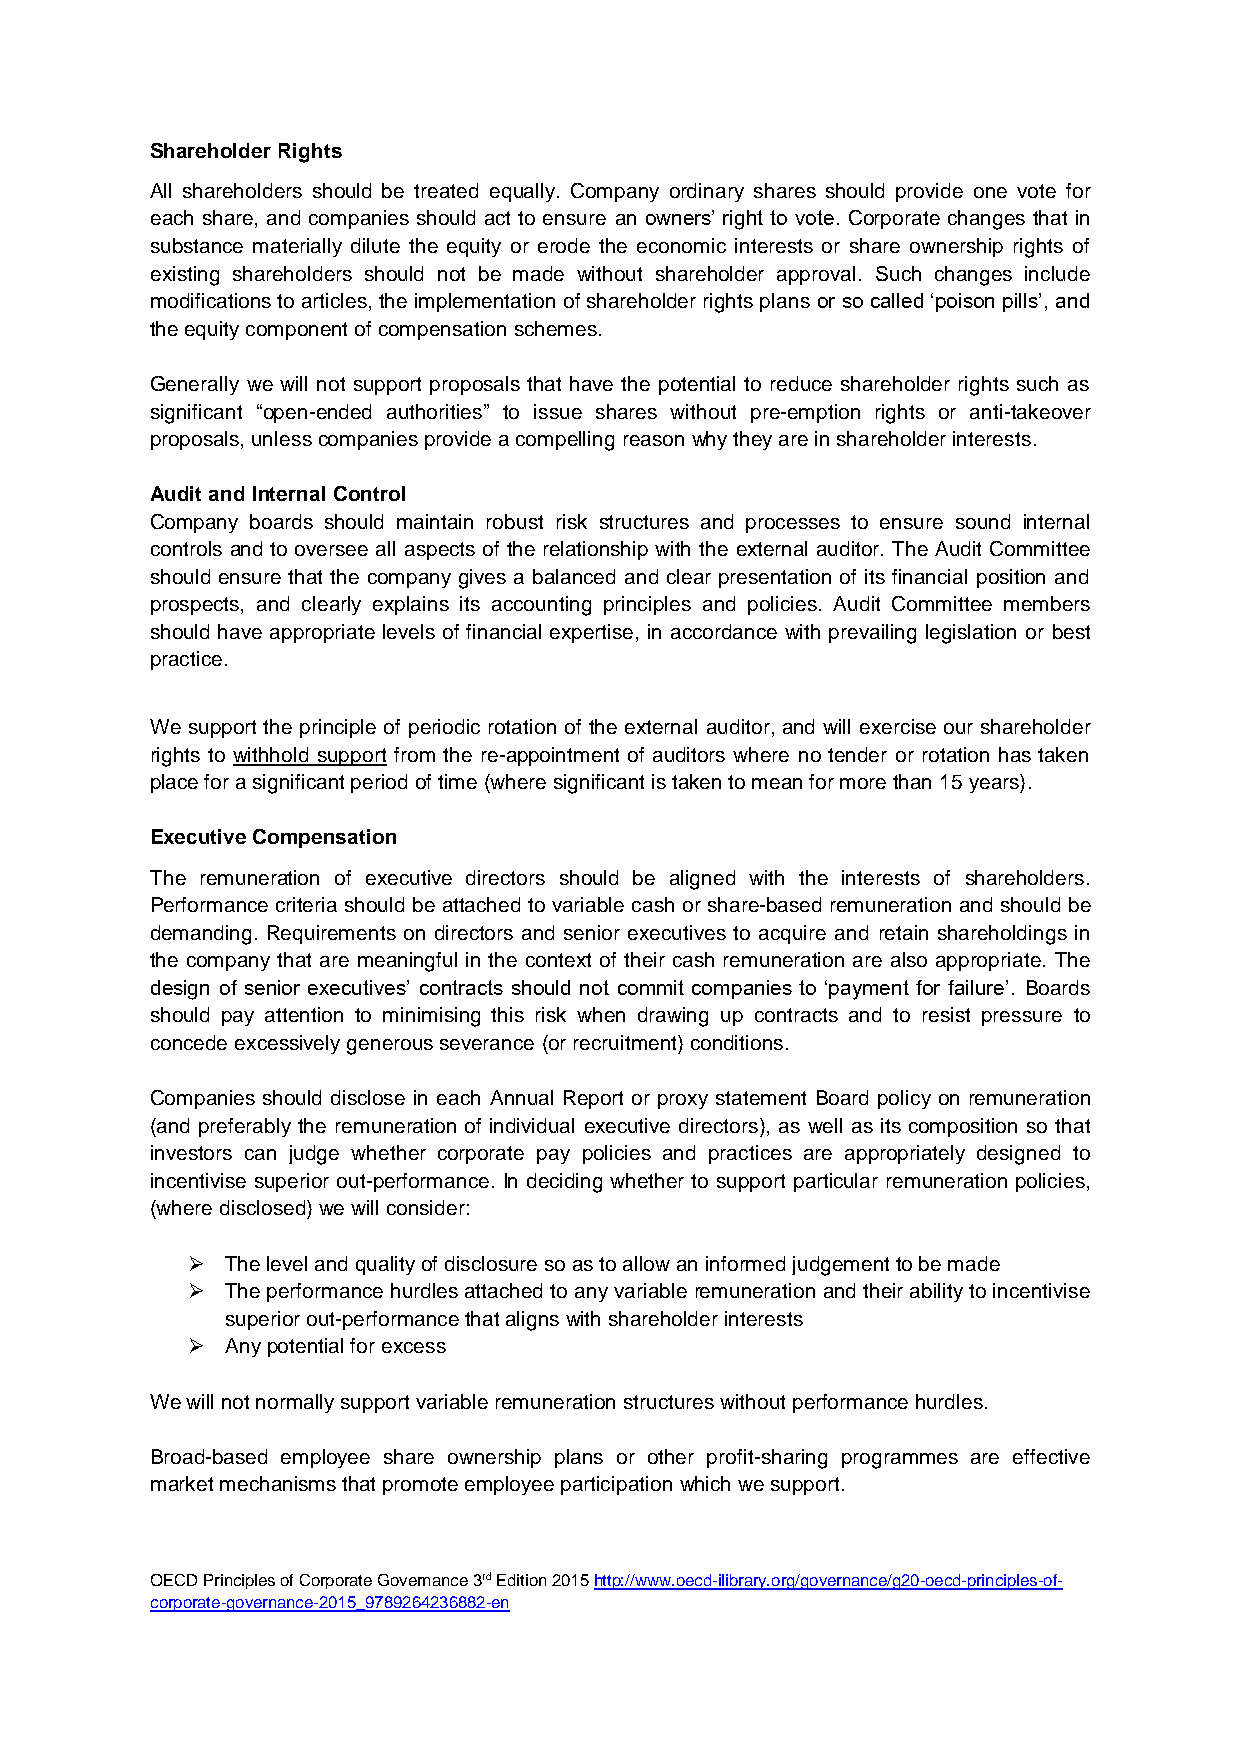
Shareholder Rights
 All shareholders should be treated equally. Company ordinary shares should provide one vote for
 each share, and companies should act to ensure an owners’ right to vote. Corporate changes that in
 substance materially dilute the equity or erode the economic interests or share ownership rights of
 existing shareholders should not be made without shareholder approval. Such changes include
 modifications to articles, the implementation of shareholder rights plans or so called ‘poison pills’, and
 the equity component of compensation schemes.
 Generally we will not support proposals that have the potential to reduce shareholder rights such as
 significant “open-ended authorities” to issue shares without pre-emption rights or anti-takeover
 proposals, unless companies provide a compelling reason why they are in shareholder interests.
 Audit and Internal Control
 Company boards should maintain robust risk structures and processes to ensure sound internal
 controls and to oversee all aspects of the relationship with the external auditor. The Audit Committee
 should ensure that the company gives a balanced and clear presentation of its financial position and
 prospects, and clearly explains its accounting principles and policies. Audit Committee members
 should have appropriate levels of financial expertise, in accordance with prevailing legislation or best
 practice.
 We support the principle of periodic rotation of the external auditor, and will exercise our shareholder
 rights to withhold support from the re-appointment of auditors where no tender or rotation has taken
 place for a significant period of time (where significant is taken to mean for more than 15 years).
 Executive Compensation
 The remuneration of executive directors should be aligned with the interests of shareholders.
 Performance criteria should be attached to variable cash or share-based remuneration and should be
 demanding. Requirements on directors and senior executives to acquire and retain shareholdings in
 the company that are meaningful in the context of their cash remuneration are also appropriate. The
 design of senior executives’ contracts should not commit companies to ‘payment for failure’. Boards
 should pay attention to minimising this risk when drawing up contracts and to resist pressure to
 concede excessively generous severance (or recruitment) conditions.
 Companies should disclose in each Annual Report or proxy statement Board policy on remuneration
 (and preferably the remuneration of individual executive directors), as well as its composition so that
 investors can judge whether corporate pay policies and practices are appropriately designed to
 incentivise superior out-performance. In deciding whether to support particular remuneration policies,
 (where disclosed) we will consider:
   The level and quality of disclosure so as to allow an informed judgement to be made
   The performance hurdles attached to any variable remuneration and their ability to incentivise
 superior out-performance that aligns with shareholder interests
   Any potential for excess
 We will not normally support variable remuneration structures without performance hurdles.
 Broad-based employee share ownership plans or other profit-sharing programmes are effective
 market mechanisms that promote employee participation which we support.
 OECD Principles of Corporate Governance 3rd Edition 2015 http://www.oecd-ilibrary.org/governance/g20-oecd-principles-of-
 corporate-governance-2015_9789264236882-en